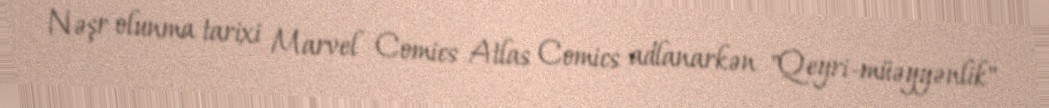
Nəşr olunma tarixi Marvel Comics Atlas Comics adlanarkən "Qeyri-müəyyənlik"